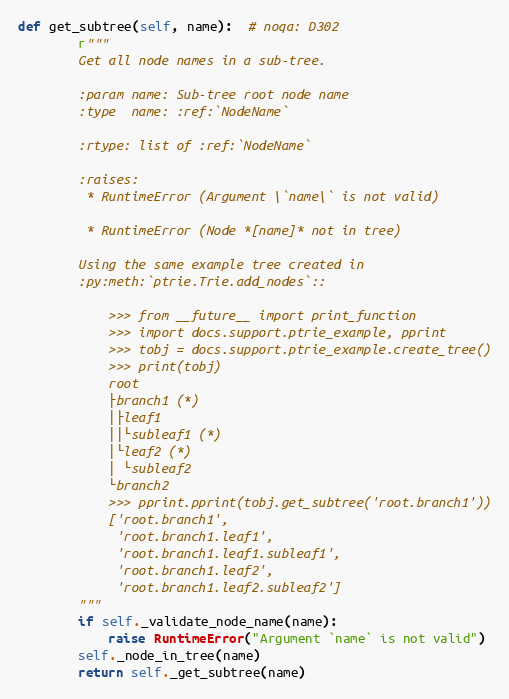
Language: Python
def get_subtree(self, name):  # noqa: D302
        r"""
        Get all node names in a sub-tree.

        :param name: Sub-tree root node name
        :type  name: :ref:`NodeName`

        :rtype: list of :ref:`NodeName`

        :raises:
         * RuntimeError (Argument \`name\` is not valid)

         * RuntimeError (Node *[name]* not in tree)

        Using the same example tree created in
        :py:meth:`ptrie.Trie.add_nodes`::

            >>> from __future__ import print_function
            >>> import docs.support.ptrie_example, pprint
            >>> tobj = docs.support.ptrie_example.create_tree()
            >>> print(tobj)
            root
            ├branch1 (*)
            │├leaf1
            ││└subleaf1 (*)
            │└leaf2 (*)
            │ └subleaf2
            └branch2
            >>> pprint.pprint(tobj.get_subtree('root.branch1'))
            ['root.branch1',
             'root.branch1.leaf1',
             'root.branch1.leaf1.subleaf1',
             'root.branch1.leaf2',
             'root.branch1.leaf2.subleaf2']
        """
        if self._validate_node_name(name):
            raise RuntimeError("Argument `name` is not valid")
        self._node_in_tree(name)
        return self._get_subtree(name)